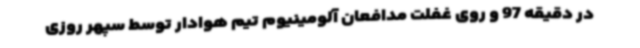
در دقیقه 97 و روی غفلت مدافعان آلومینیوم تیم هوادار توسط سپهر روزی